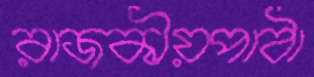
রাজকীয়পাঠা